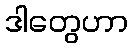
ဒါတွေဟာ